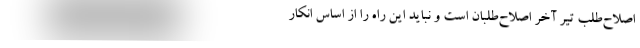
اصلاح‌طلب تیر آخر اصلاح‌طلبان است و نباید این راه را از اساس انکار